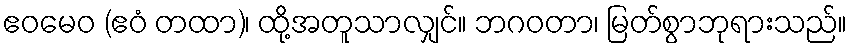
ဧဝမေဝ (ဧဝံ တထာ)၊ ထို့အတူသာလျှင်။ ဘဂဝတာ၊ မြတ်စွာဘုရားသည်။